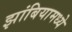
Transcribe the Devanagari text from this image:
झांबियामध्ये